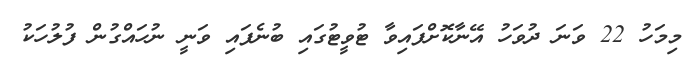
މިމަހު 22 ވަނަ ދުވަހު އޭނާކޮށްފައިވާ ޓުވީޓުގައި ބުނެފައި ވަނީ ނުހައްގުން ފުލުހަކު